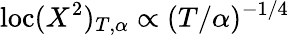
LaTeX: \mathrm{loc}(X^{2})_{T,\alpha}\propto(T/\alpha)^{-1/4}